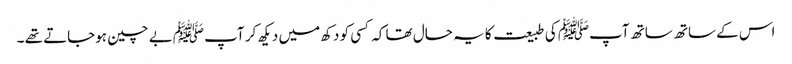
اس کے ساتھ ساتھ آپﷺ کی طبیعت کا یہ حال تھا کہ کسی کو دکھ میں دیکھ کر آپ ﷺبے چین ہوجاتے تھے ۔